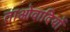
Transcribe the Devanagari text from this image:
ताओवादियों